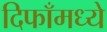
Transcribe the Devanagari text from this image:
दिफाँमध्ये